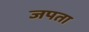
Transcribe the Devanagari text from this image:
जपता